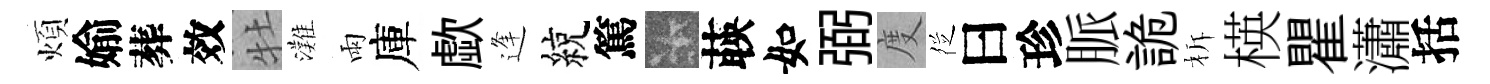
煩媮葬效牡灘雨庫歔逢綂篤卡𦴤如弼度徔曰珍脈詭柝楧瞿瀟括